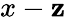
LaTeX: x-\mathbf{z}